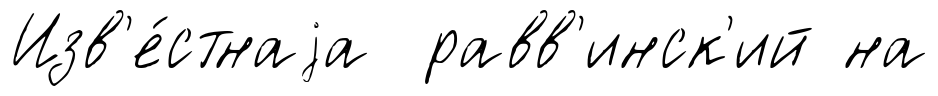
Изв'е́стнаjа равв'инск'ий на